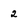
Character: 2